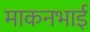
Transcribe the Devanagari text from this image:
माकनभाई